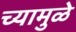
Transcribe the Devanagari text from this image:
च्यामुळे